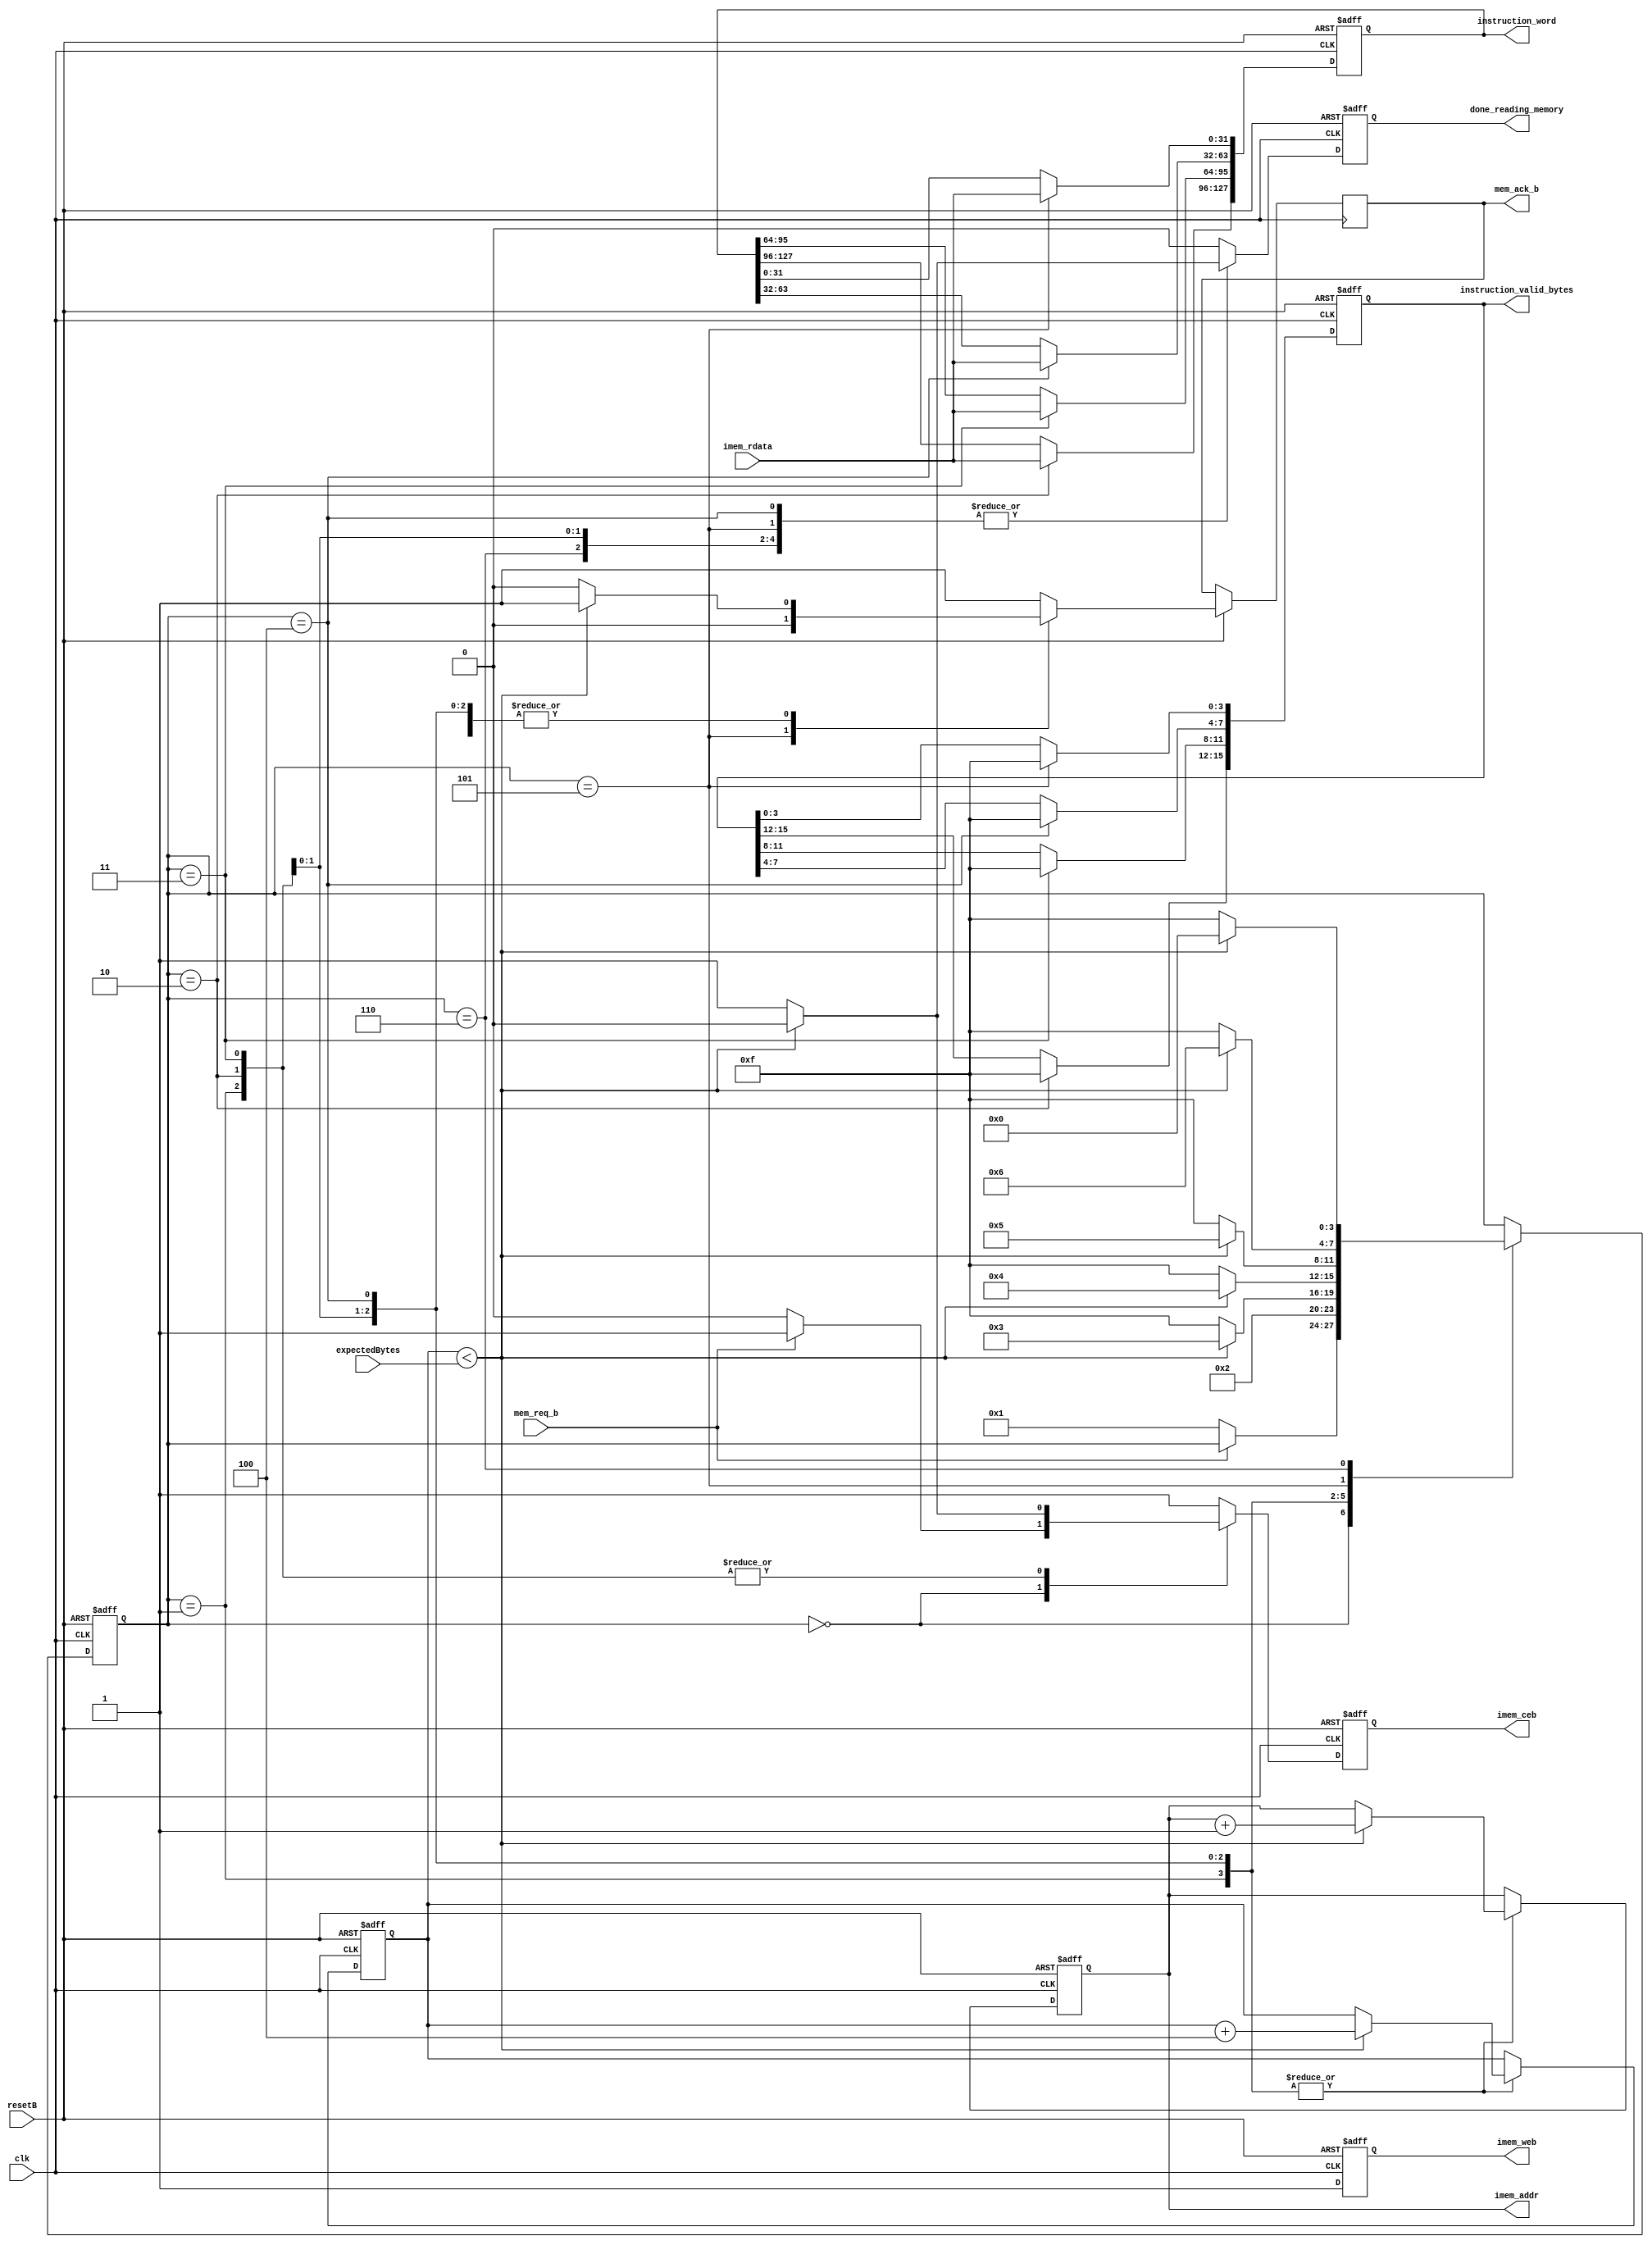
module imem_controller(
    //outputs
    // -- Instruction Memory Access (Read Only)
    imem_ceb,
    imem_web,
    imem_addr,

    // -- Status to be sent to bits_fsm
    done_reading_memory,
    instruction_word,
    instruction_valid_bytes,
    mem_ack_b,


    //inputs
    // -- System Inputs
    clk,
    resetB,

    //--Instruction Memory Read Data
    imem_rdata,

    //--FSM Memory Request
    mem_req_b,

    //--Control bits from Bits_reg
    expectedBytes
);

output        imem_ceb;
output        imem_web;
output[9:0]   imem_addr;

output        done_reading_memory;
output[127:0] instruction_word;
output[15:0]  instruction_valid_bytes;
output        mem_ack_b;

input         clk;
input         resetB;

input[31:0]   imem_rdata;

input         mem_req_b;

input[15:0]   expectedBytes;


reg[127:0]   instruction_word;
reg[15:0]    instruction_valid_bytes;
reg[16:0]    byteCounter;
reg[3:0]     state;
reg[127:0]   instruction_word_next;
reg[3:0]     state_next;
reg[16:0]    byteCounter_next;

reg          imem_ceb;
reg          imem_web;
reg[9:0]     imem_addr;
reg          imem_ceb_next;
reg          imem_web_next;
reg[9:0]     imem_addr_next;
reg          mem_ack_b;
reg          mem_ack_b_next;
reg          done_reading_memory;
reg          done_reading_memory_next;
reg[15:0]    instruction_valid_bytes_next;

parameter IDLE       = 4'b0000;
parameter READ_WAIT  = 4'b0001;
parameter READ_INST0 = 4'b0010;
parameter READ_INST1 = 4'b0011;
parameter READ_INST2 = 4'b0100;
parameter READ_INST3 = 4'b0101;
parameter FINISH_RD  = 4'b0110;

parameter DONE     = 4'b1111;

always @(state or mem_req_b or expectedBytes or byteCounter or imem_addr or instruction_word or
         instruction_valid_bytes)
begin
  state_next = state;
  imem_ceb_next = 1'b1;
  imem_web_next = 1'b1;
  imem_addr_next = imem_addr;
  byteCounter_next = byteCounter;
  instruction_word_next = instruction_word;
  done_reading_memory_next = 1'b0;
  mem_ack_b_next = 1'b1;
  instruction_valid_bytes_next = instruction_valid_bytes;
  case (state)
     IDLE:
       begin
          if (~mem_req_b) begin
             state_next = READ_WAIT;
             imem_ceb_next = 1'b0;
             imem_web_next = 1'b1;
             imem_addr_next = imem_addr;
          end
       end
     READ_WAIT:
       begin
          state_next = READ_INST0;
          if (byteCounter < expectedBytes) begin
             state_next = READ_INST0;
             imem_ceb_next = 1'b0;
             imem_web_next = 1'b1;
             imem_addr_next = imem_addr + 10'h1;
             byteCounter_next = byteCounter + 16'h0004;
          end
       end
     READ_INST0:
       begin
          if (byteCounter < expectedBytes) begin
             state_next = READ_INST1;
             imem_ceb_next = 1'b0;
             imem_web_next = 1'b1;
             imem_addr_next = imem_addr + 10'h1;
             byteCounter_next = byteCounter + 16'h0004;
          end
          else begin
             state_next = DONE;
             done_reading_memory_next = 1'b1;
             mem_ack_b_next = 1'b0;
          end
          instruction_word_next[127:96] = imem_rdata;
          instruction_valid_bytes_next[15:12] = 4'hf;
       end
     READ_INST1:
       begin
          if (byteCounter < expectedBytes) begin
             state_next = READ_INST2;
             imem_ceb_next = 1'b0;
             imem_web_next = 1'b1;
             imem_addr_next = imem_addr + 10'h1;
             byteCounter_next = byteCounter + 16'h0004;
          end
          else begin
             state_next = DONE;
             done_reading_memory_next = 1'b1;
             mem_ack_b_next = 1'b0;
          end
          instruction_word_next[95:64] = imem_rdata;
          instruction_valid_bytes_next[11:8] = 4'hf;
       end
     READ_INST2:
       begin
          if (byteCounter < expectedBytes) begin
             state_next = READ_INST3;
             imem_ceb_next = 1'b1;
             imem_web_next = 1'b1;
             imem_addr_next = imem_addr + 10'h1;
             byteCounter_next = byteCounter + 16'h0004;
          end
          else begin
             state_next = DONE;
             done_reading_memory_next = 1'b1;
             mem_ack_b_next = 1'b0;
          end
          instruction_word_next[63:32] = imem_rdata;
          instruction_valid_bytes_next[7:4] = 4'hf;
       end
     READ_INST3:
       begin
          if (byteCounter < expectedBytes) begin
             state_next = FINISH_RD;
             mem_ack_b_next = 1'b0;
          end
          else begin
             state_next = DONE;
             done_reading_memory_next = 1'b1;
             mem_ack_b_next = 1'b0;
          end
          instruction_word_next[31:0] = imem_rdata;
          instruction_valid_bytes_next[3:0] = 4'hf;
       end
     FINISH_RD:
       begin
          if (byteCounter < expectedBytes) begin
             state_next = READ_INST1;
             imem_ceb_next = 1'b1;
             imem_web_next = 1'b1;
             state_next = IDLE;
          end
          else begin
             state_next = DONE;
             done_reading_memory_next = 1'b1;
             mem_ack_b_next = 1'b0;
          end
       end
     endcase

end

always @(posedge clk or negedge resetB)
begin
  if (~resetB)
    begin
       state <= IDLE;
       byteCounter <= 16'h0;
       imem_ceb <= 1'b1;
       imem_web <= 1'b1;
       imem_addr <= 10'h0;
       instruction_word <= 128'h0;
       done_reading_memory <= 1'b0;
       instruction_valid_bytes <= 16'h0;
    end
    else begin
       state <= state_next;
       byteCounter <= byteCounter_next;
       imem_ceb <= imem_ceb_next;
       imem_web <= imem_web_next;
       imem_addr <= imem_addr_next;
       instruction_word <= instruction_word_next;
       done_reading_memory <= done_reading_memory_next;
       mem_ack_b <= mem_ack_b_next;
       instruction_valid_bytes <= instruction_valid_bytes_next;
    end
end

endmodule